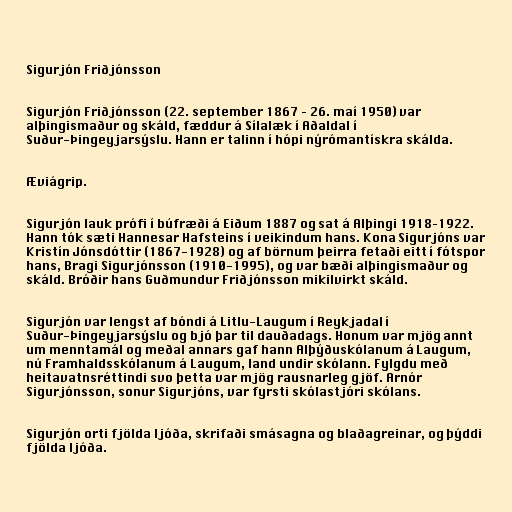
Sigurjón Friðjónsson

Sigurjón Friðjónsson (22. september 1867 – 26. maí 1950) var
alþingismaður og skáld, fæddur á Sílalæk í Aðaldal í
Suður-Þingeyjarsýslu. Hann er talinn í hópi nýrómantískra skálda.

Æviágrip.

Sigurjón lauk prófi í búfræði á Eiðum 1887 og sat á Alþingi 1918–1922.
Hann tók sæti Hannesar Hafsteins í veikindum hans. Kona Sigurjóns var
Kristín Jónsdóttir (1867-1928) og af börnum þeirra fetaði eitt í fótspor
hans, Bragi Sigurjónsson (1910-1995), og var bæði alþingismaður og
skáld. Bróðir hans Guðmundur Friðjónsson mikilvirkt skáld.

Sigurjón var lengst af bóndi á Litlu-Laugum í Reykjadal í
Suður-Þingeyjarsýslu og bjó þar til dauðadags. Honum var mjög annt
um menntamál og meðal annars gaf hann Alþýðuskólanum á Laugum,
nú Framhaldsskólanum á Laugum, land undir skólann. Fylgdu með
heitavatnsréttindi svo þetta var mjög rausnarleg gjöf. Arnór
Sigurjónsson, sonur Sigurjóns, var fyrsti skólastjóri skólans.

Sigurjón orti fjölda ljóða, skrifaði smásagna og blaðagreinar, og þýddi
fjölda ljóða.